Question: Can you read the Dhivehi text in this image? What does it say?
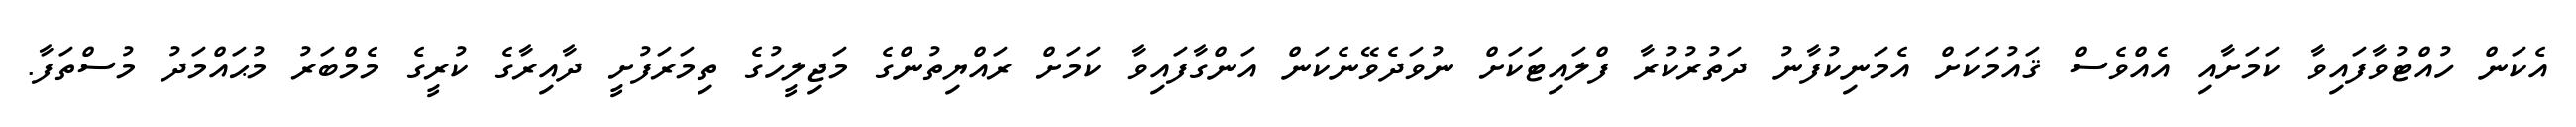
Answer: އެކަން ހުއްޓުވާފައިވާ ކަމަށާއި އެއްވެސް ޤައުމަކަށް އެމަނިކުފާނު ދަތުރުކުރާ ފްލައިޓަކަށް ނުވަދެވޭނެކަން އަންގާފައިވާ ކަމަށް ރައްޔިތުންގެ މަޖިލީހުގެ ތިމަރަފުށީ ދާއިރާގެ ކުރީގެ މެމްބަރު މުޙައްމަދު މުސްތަފާ.